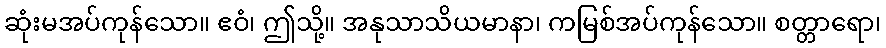
ဆုံးမအပ်ကုန်သော။ ဧဝံ၊ ဤသို့။ အနုသာသိယမာနာ၊ ကမြစ်အပ်ကုန်သော။ စတ္တာရော၊